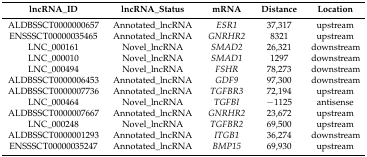
| lncRNA_ID | lncRNA_Status | mRNA | Distance | Location |
 | --- | --- | --- | --- | --- |
 | ALDBSSCT0000000657 | Annotated_lncRNA | ESR1 | 37,317 | upstream |
 | ENSSSCT00000035465 | Annotated_lncRNA | GNRHR2 | 8321 | upstream |
 | LNC_000161 | Novel_lncRNA | SMAD2 | 26,321 | downstream |
 | LNC_000010 | Novel_lncRNA | SMAD1 | 1297 | downstream |
 | LNC_000494 | Novel_lncRNA | FSHR | 78,273 | downstream |
 | ALDBSSCT0000006453 | Annotated_lncRNA | GDF9 | 97,300 | downstream |
 | ALDBSSCT0000007736 | Annotated_lncRNA | TGFBR3 | 72,194 | upstream |
 | LNC_000464 | Novel_lncRNA | TGFBI | −1125 | antisense |
 | ALDBSSCT0000007667 | Annotated_lncRNA | GNRHR2 | 23,672 | upstream |
 | LNC_000248 | Novel_lncRNA | TGFBR2 | 69,500 | upstream |
 | ALDBSSCT0000001293 | Annotated_lncRNA | ITGB1 | 36,274 | downstream |
 | ENSSSCT00000035247 | Annotated_lncRNA | BMP15 | 69,930 | upstream |